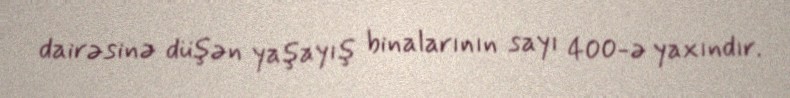
dairəsinə düşən yaşayış binalarının sayı 400-ə yaxındır.